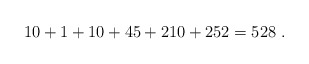
\begin{align*}10 + 1 + 10 + 45 + 210 + 252 = 528\ .\end{align*}